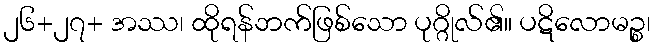
၂၆+၂၇+ အဿ၊ ထိုရန်ဘက်ဖြစ်သော ပုဂ္ဂိုလ်၏။ ပဋိလောမဉ္စ၊